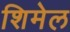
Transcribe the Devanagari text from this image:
शिमेल